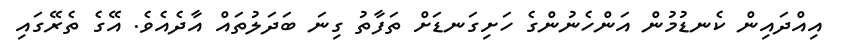
އިއްދައިން ކެނޑުމުން އަންހެނުންގެ ހަށިގަނޑަށް ތަފާތު ގިނަ ބަދަލުތައް އާދެއެވެ. އޭގެ ތެރޭގައި